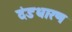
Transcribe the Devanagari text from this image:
दंडधारण